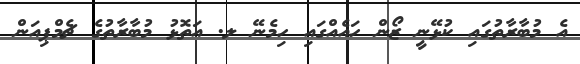
އެ މުބާރާތުގައި ކުޅޭނީ ޒޯން ހައެއްގައި ހިމެނޭ ލ. އަތޮޅު މުބާރާތުގެ ޗެމްޕިއަން